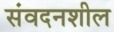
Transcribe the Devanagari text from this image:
संवदनशील